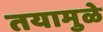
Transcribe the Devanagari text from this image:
तयामुळे